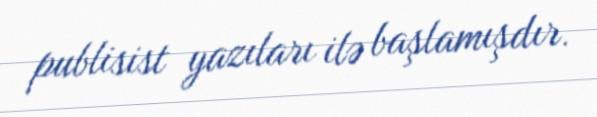
publisist yazıları ilə başlamışdır.